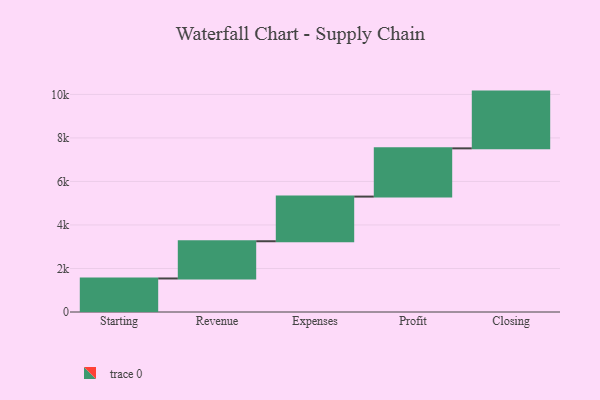
{"axis": {"x": "Step", "y": "Value"}, "legend": [""], "data": [{"x": "Starting", "y": 1541.0, "type": ""}, {"x": "Revenue", "y": 1711.0, "type": ""}, {"x": "Expenses", "y": 2052.0, "type": ""}, {"x": "Profit", "y": 2217.0, "type": ""}, {"x": "Closing", "y": 2608.0, "type": ""}]}